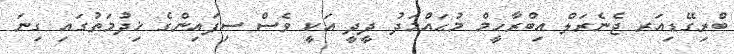
ބްރިގޭޑިއަރ ޖެނެރަލް އިބްރާހީމް މުޙައްމަދު ދީދީ އަކީ ވެސް ސިފައިންގެ ޚިދުމަތުގައި ގިނަ